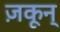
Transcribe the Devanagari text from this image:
ज़कून्